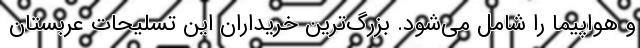
و هواپیما را شامل می‌شود. بزرگ‌ترین خریداران این تسلیحات عربستان